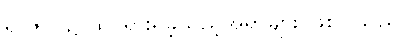
ရာဇဝင်၌ ထင်ရှားရှိခဲ့သည့်အရာများ ဖြစ်ပါသည်။